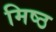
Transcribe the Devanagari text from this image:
मिष्ठ